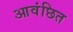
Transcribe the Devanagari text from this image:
आवंछित